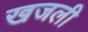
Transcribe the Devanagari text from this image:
खजली